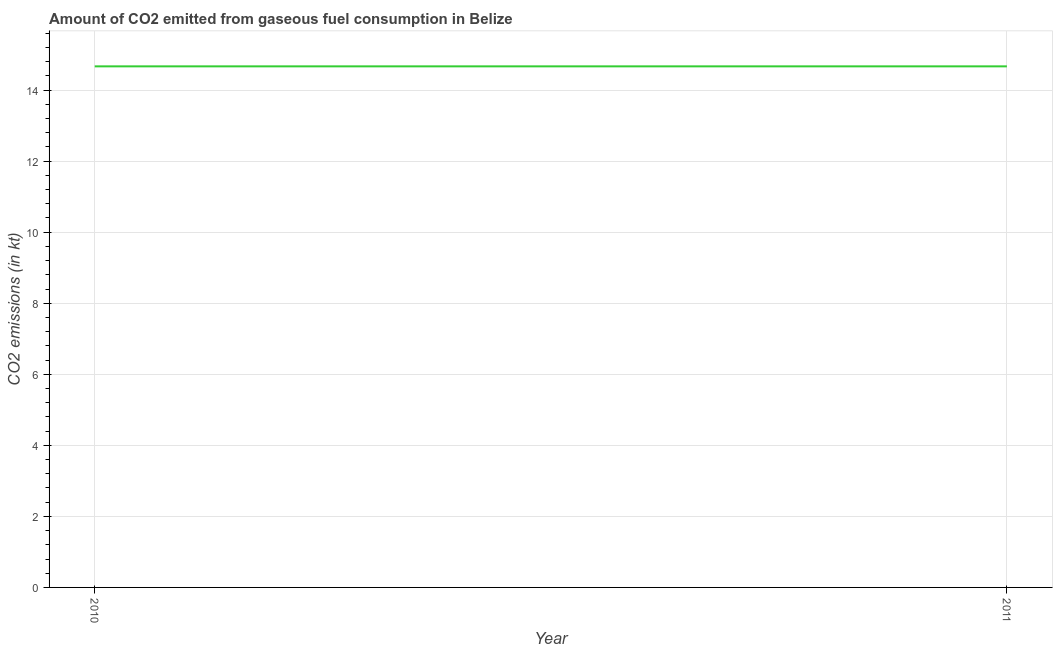
| Year | CO2 emissions from gaseous fuel consumption |
 | --- | --- |
 | 2010 | 14.7 |
 | 2011 | 14.7 |